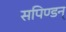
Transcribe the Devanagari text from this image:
सपिण्डन्